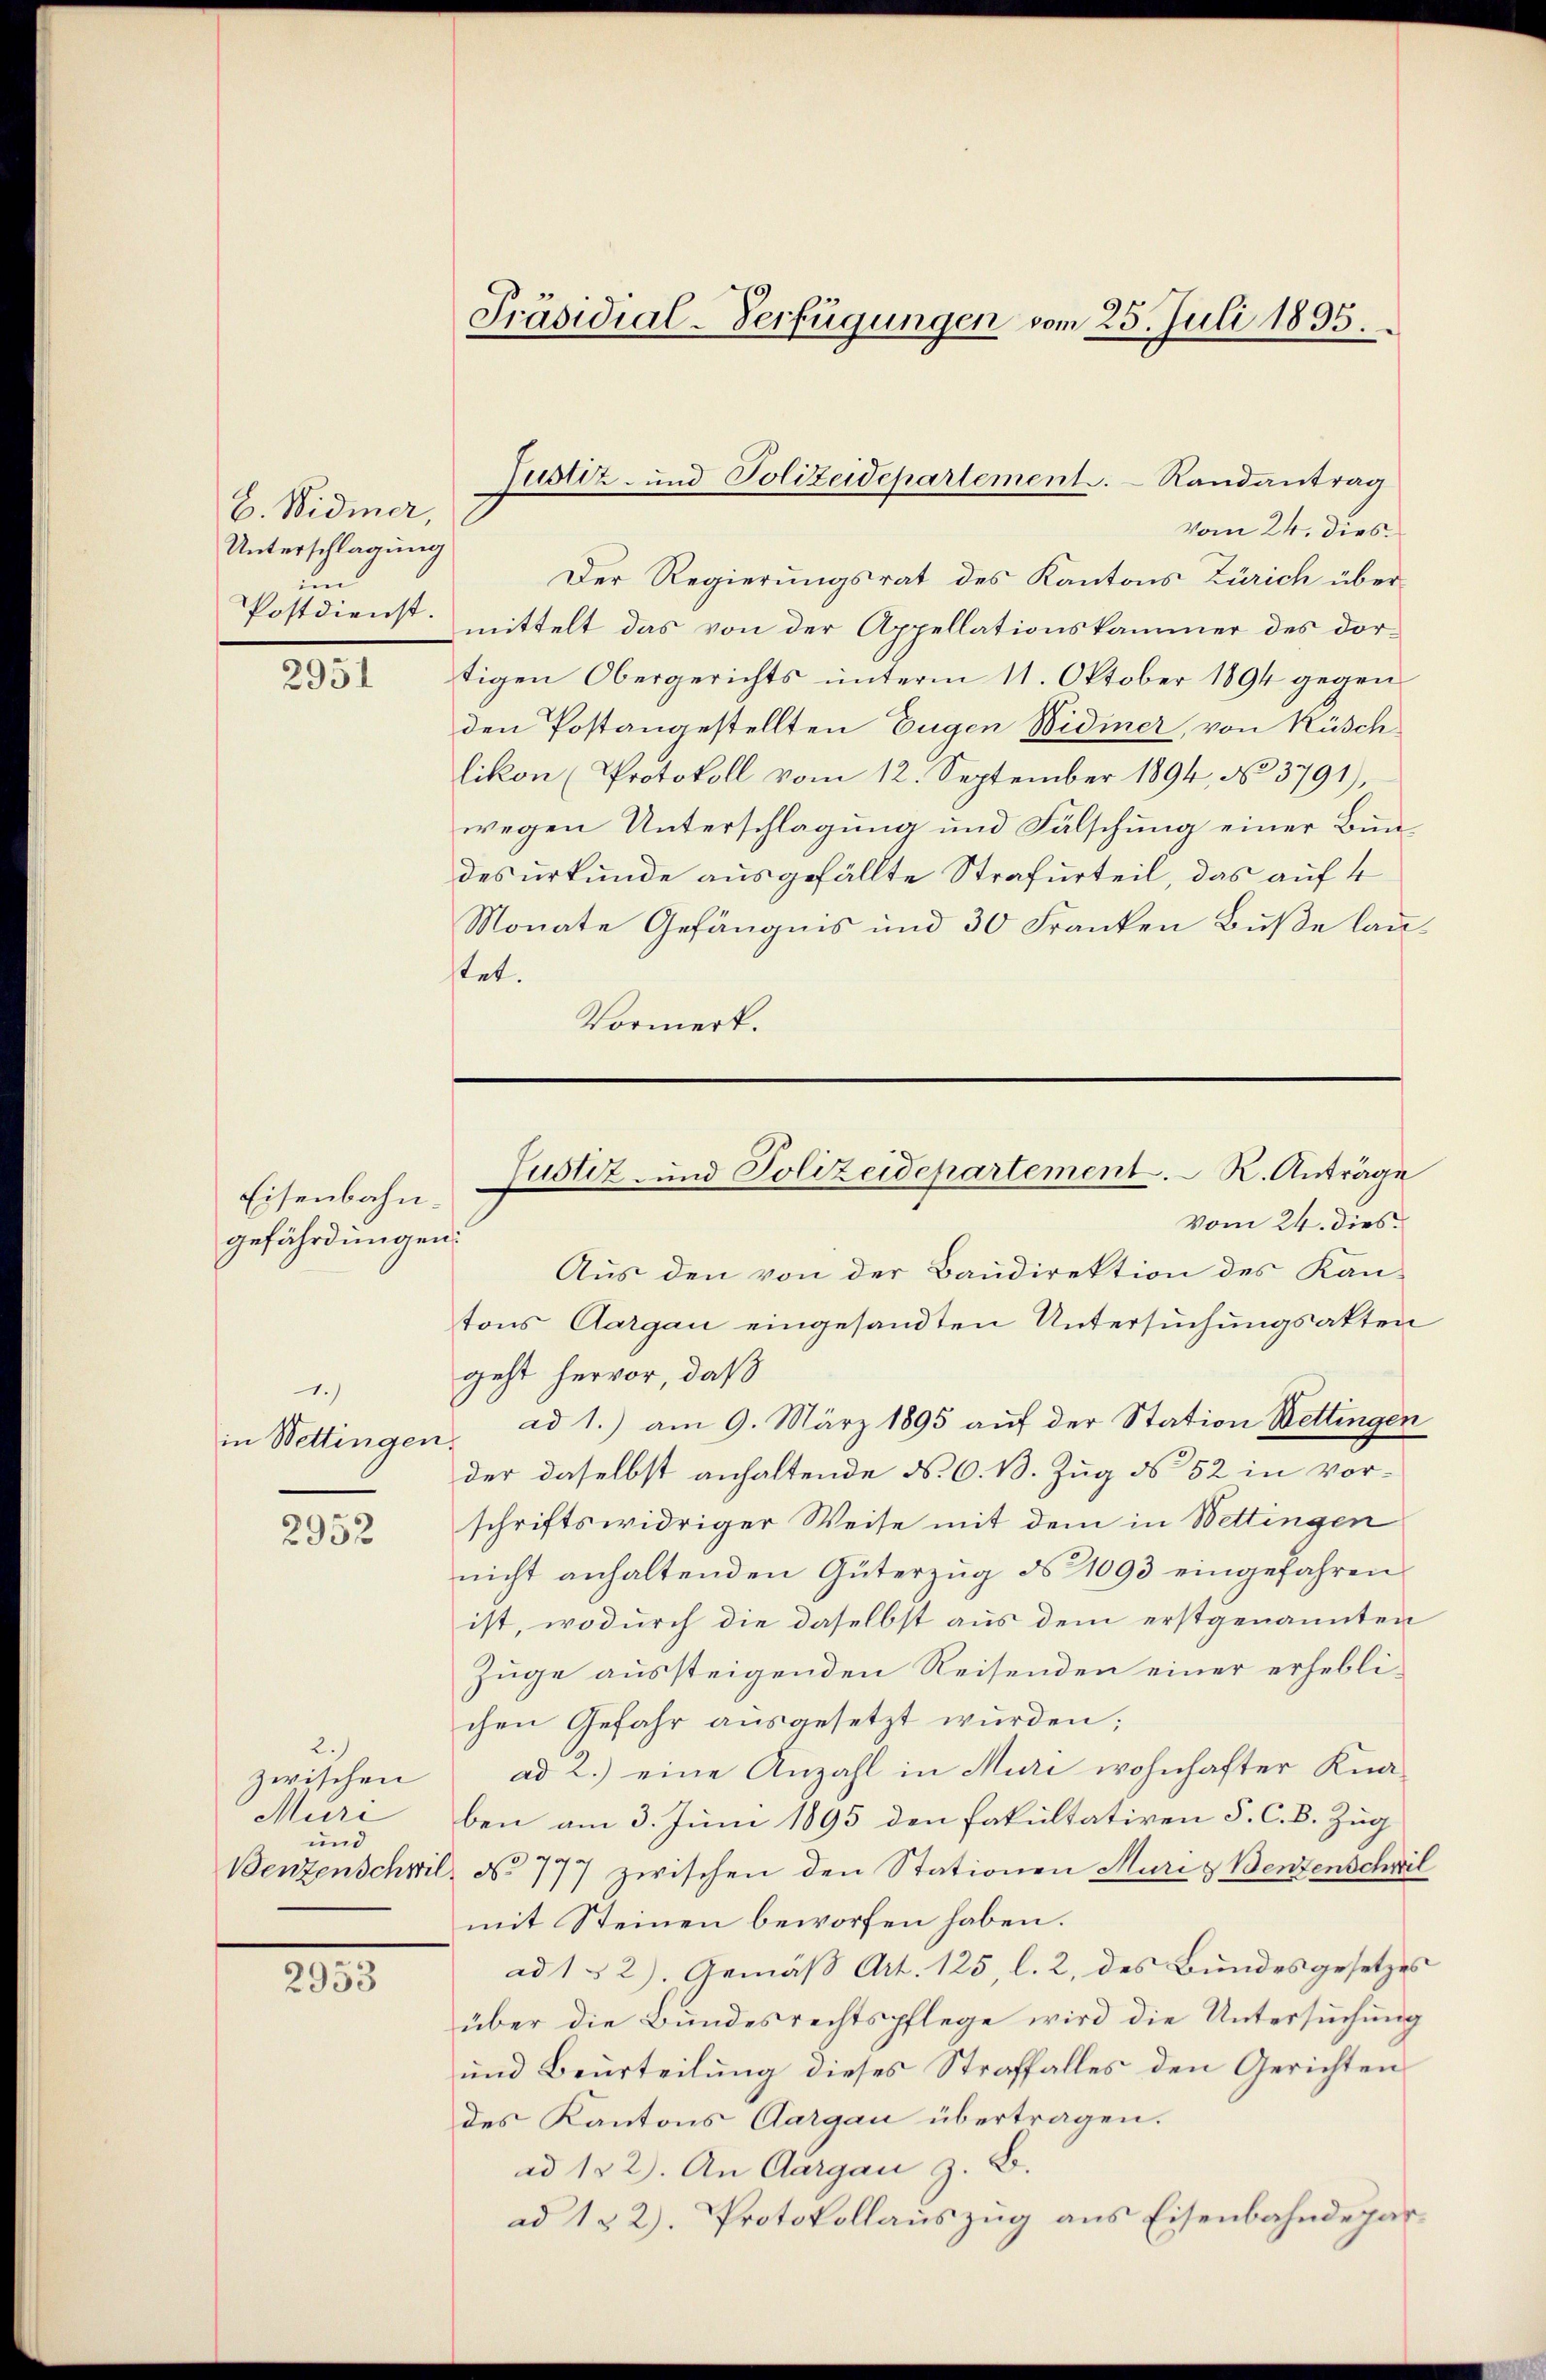
E. Widmer,
Unterschlagung
um
Postdienst.

2951

Eisenbahngefährdungen.

1.)
in Wettingen.

2952

2.)
zwischen
Muri
und
Benzen schwil

2953

Vom 24. dies
Der Regierungsrat des Kantons Zürich übermittelt das von der Appellationskammer des dortigen Obergerichts unterm 11. Oktober 1894 gegen
den Postangestellten Eugen Widmer, von Rüschlikon (Protokoll vom 12. September 1894, No 3791),
wegen Unterschlagung und Fälschung einer Bundesurkunde ausgefällte Strafurteil, das auf 4
Monate Gefängnis und 30 Franken Bŭβe lautet.
Vormerk.

Präsidial-Verfügungen vom 25. Juli 1895.

Justiz- und Polizeidepartement. Randantrag

Justiz- und Polizeidepartement. K. Anträge

vom 24. dies
Aus den von der Baudirektion des Kan-
tons Aargau eingesandten Untersuchungsakten
geht hervor, daß
ad 1.) am 9. März 1895 auf der Station Wettingen
der daselbst anhaltende N. 6. 13. Zug No 52 in vorschriftswidriger Weise mit dem in Wettingen
nicht anhaltenden Güterzug d 1093 eingefahren
ist, wodurch die daselbst aus dem erstgenannten
Zuge aussteigenden Reisenden einer erheblichen Gefahr ausgesetzt wurden;
ad 2.) eine Anzahl in Muri wohnhafter Knaben am 3. Juni 1895 den Fakultativen S. C. B. Zug
No 777 zwischen den Stationen Muri & Benzenschwil
mit Steinen beworfen haben.
ad 152). Gemäß Art. 125, l. 2, des Bundesgesetzes
über die Bundesrechtspflege wird die Untersuchung
und Beurteilung dieses Straffalles den Gerichten
des Kantons Aargau übertragen.
ad 182). An Aargau z. B.
ad 182). Protokollauszug aus Eisenbahndepar